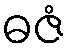
ဓဇံ